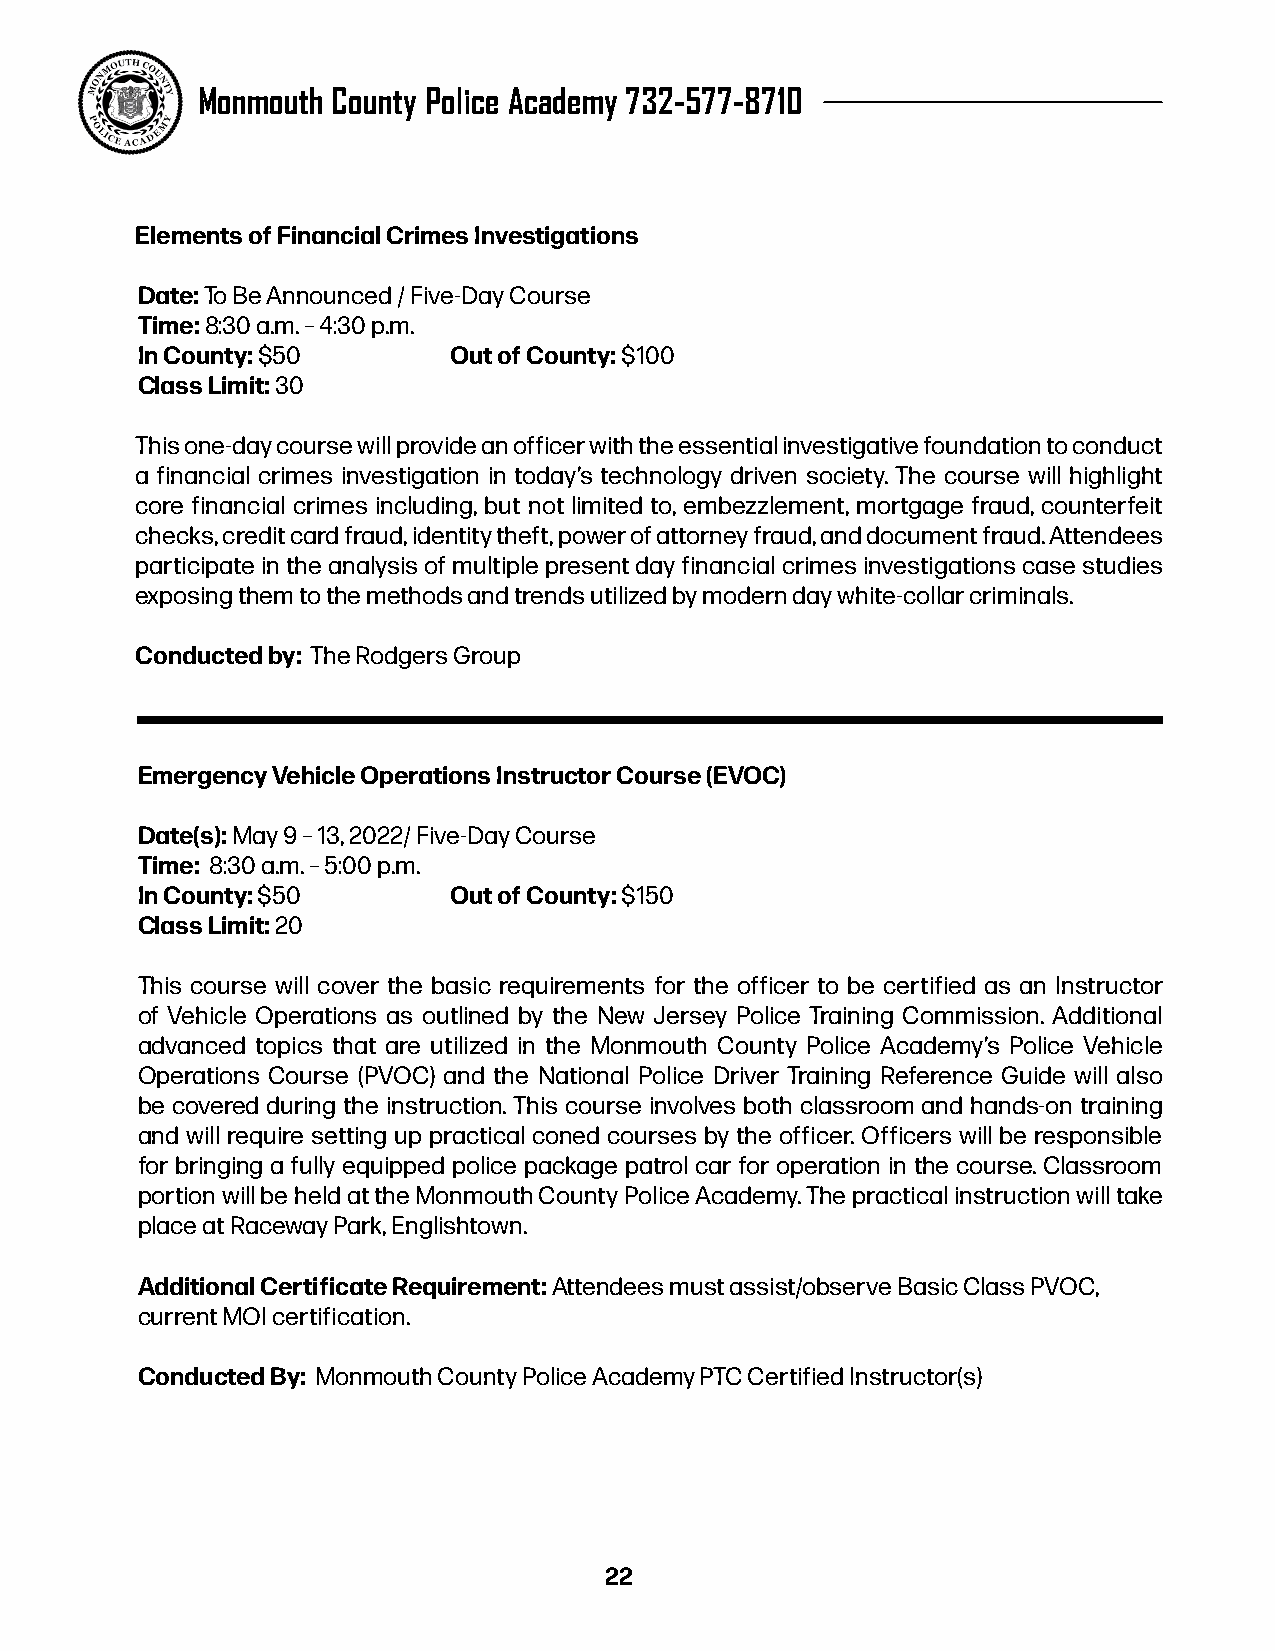
Monmouth County Police Academy 732-577-8710
 Elements of Financial Crimes Investigations
 Date: To Be Announced / Five-Day Course
 Time: 8:30 a.m. – 4:30 p.m.
 In County: $50       Out of County: $100
 Class Limit: 30
 This one-day course will provide an officer with the essential investigative foundation to conduct
 a financial crimes investigation in today’s technology driven society. The course will highlight
 core financial crimes including, but not limited to, embezzlement, mortgage fraud, counterfeit
 checks, credit card fraud, identity theft, power of attorney fraud, and document fraud. Attendees
 participate in the analysis of multiple present day financial crimes investigations case studies
 exposing them to the methods and trends utilized by modern day white-collar criminals.
 Conducted by: The Rodgers Group
 Emergency Vehicle Operations Instructor Course (EVOC)
 Date(s): May 9 – 13, 2022/ Five-Day Course
 Time: 8:30 a.m. – 5:00 p.m.
 In County: $50       Out of County: $150
 Class Limit: 20
 This course will cover the basic requirements for the officer to be certified as an Instructor
 of Vehicle Operations as outlined by the New Jersey Police Training Commission. Additional
 advanced topics that are utilized in the Monmouth County Police Academy’s Police Vehicle
 Operations Course (PVOC) and the National Police Driver Training Reference Guide will also
 be covered during the instruction. This course involves both classroom and hands-on training
 and will require setting up practical coned courses by the officer. Officers will be responsible
 for bringing a fully equipped police package patrol car for operation in the course. Classroom
 portion will be held at the Monmouth County Police Academy. The practical instruction will take
 place at Raceway Park, Englishtown.
 Additional Certificate Requirement: Attendees must assist/observe Basic Class PVOC,
 current MOI certification.
 Conducted By: Monmouth County Police Academy PTC Certified Instructor(s)
 22